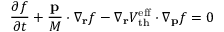
\frac { \partial f } { \partial t } + \frac { \mathbf { p } } { M } \cdot \nabla _ { \mathbf { r } } f - \nabla _ { \mathbf { r } } V _ { \mathrm { t h } } ^ { \mathrm { e f f } } \cdot \nabla _ { \mathbf { p } } f = 0